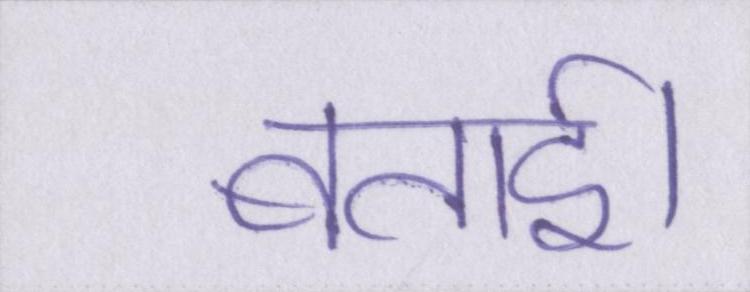
बताई।